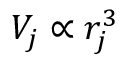
V _ { j } \propto r _ { j } ^ { 3 }